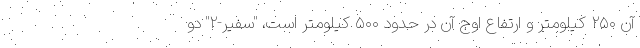
آن ۲۵۰ کیلومتر و ارتفاع اوج آن در حدود ۵۰۰ کیلومتر است، "سفیر-۲" دو